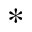
*